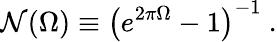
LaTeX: \mathcal{N}(\Omega)\equiv\left(e^{2\pi\Omega}-1\right)^{-1}\ .